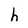
Character: h